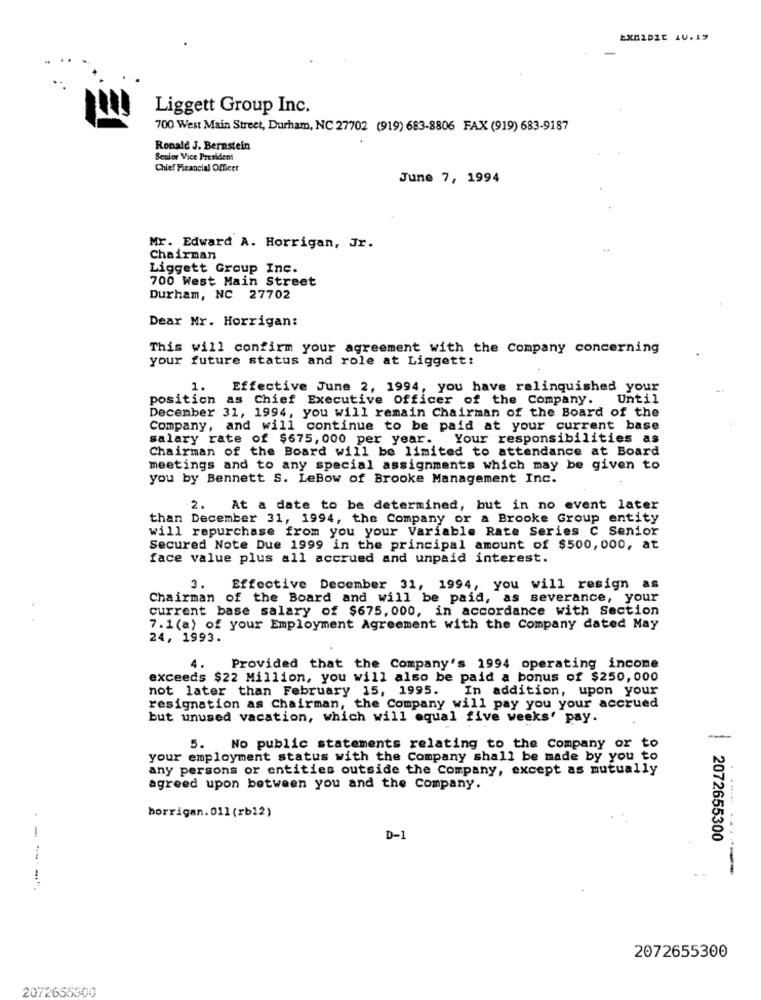
Liggett Group Inc.
700 West Main Street, Durham, NC 27702 (919) 683-8806 FAX (919) 683-9187
Ronald J. Bernstein
Senior Vice President
Chief Financial Officer
June 7, 1994
Mr. Edward A. Horrigan, Jr.
Chairman
Liggett Group Inc.
700 West Main Street
Durham, NC 27702
Dear Mr. Horrigan:
This will confirm your agreement with the Company concerning
your future status and role at Liggett:
1.
Effective June 2, 1994, you have relinquished your
position as Chief Executive Officer of the Company. Until
December 31, 1994, you will remain Chairman of the Board of the
Company, and will continue to be paid at your current base
salary rate of $675, 000 per year. Your responsibilities as
Chairman of the Board will be limited to attendance at Board
meetings and to any special assignments which may be given to
you by Bennett S. LeBow of Brooke Management Inc.
2. At a date to be determined, but in no event later
than December 31, 1994, the Company or a Brooke Group entity
will repurchase from you your Variable Rate Series C Senior
Secured Note Due 1999 in the principal amount of $500,000, at
face value plus all accrued and unpaid interest.
3. Effective December 31, 1994, you will resign as
Chairman of the Board and will be paid, as severance, your
current base salary of $675, 000, in accordance with Section
7.1 (a) of your Employment Agreement with the Company dated May
24, 1993.
4.
Provided that the Company's 1994 operating income
exceeds $22 Million, you will also be paid a bonus of $250,000
not later than February 15, 1995.
In addition, upon your
resignation as Chairman, the Company will pay you your accrued
but unused vacation, which will equal five weeks' pay.
5. No public statements relating to the Company or to
your employment status with the Company shall be made by you to
any persons or entities outside the Company, except as mutually
agreed upon between you and the Company.
horrigan. 011 (rb12)
D-1
2072655300
200
---
2072655300
2072655300